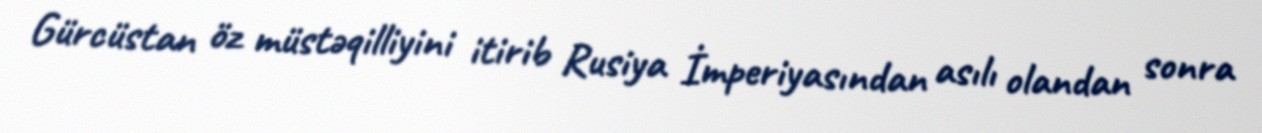
Gürcüstan öz müstəqilliyini itirib Rusiya İmperiyasından asılı olandan sonra